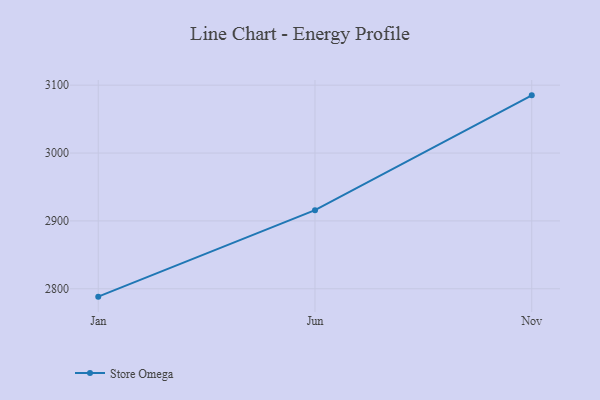
{"axis": {"x": "Month", "y": "Net Income (USD K)"}, "legend": ["Store Omega"], "data": [{"x": "Jan", "y": 2788.4, "type": "Store Omega"}, {"x": "Jun", "y": 2915.8, "type": "Store Omega"}, {"x": "Nov", "y": 3085.0, "type": "Store Omega"}]}